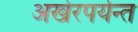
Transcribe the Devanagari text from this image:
अखेरपर्यन्त